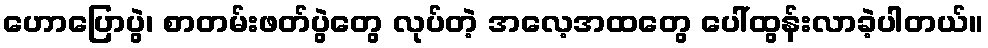
ဟောပြောပွဲ၊ စာတမ်းဖတ်ပွဲတွေ လုပ်တဲ့ အလေ့အထတွေ ပေါ်ထွန်းလာခဲ့ပါတယ်။